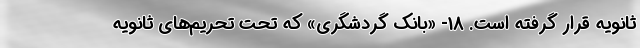
ثانویه قرار گرفته است. 18- «بانک گردشگری» که تحت تحریم‌های ثانویه